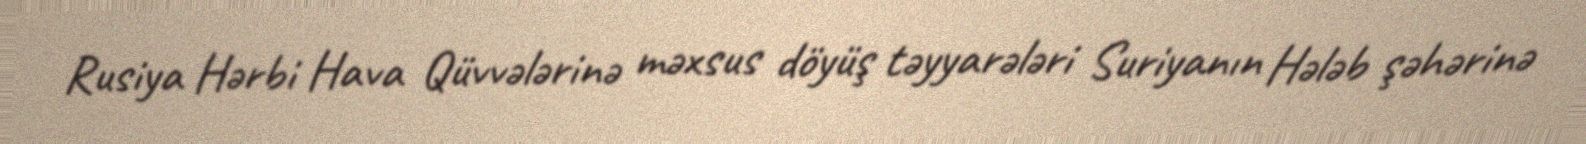
Rusiya Hərbi Hava Qüvvələrinə məxsus döyüş təyyarələri Suriyanın Hələb şəhərinə